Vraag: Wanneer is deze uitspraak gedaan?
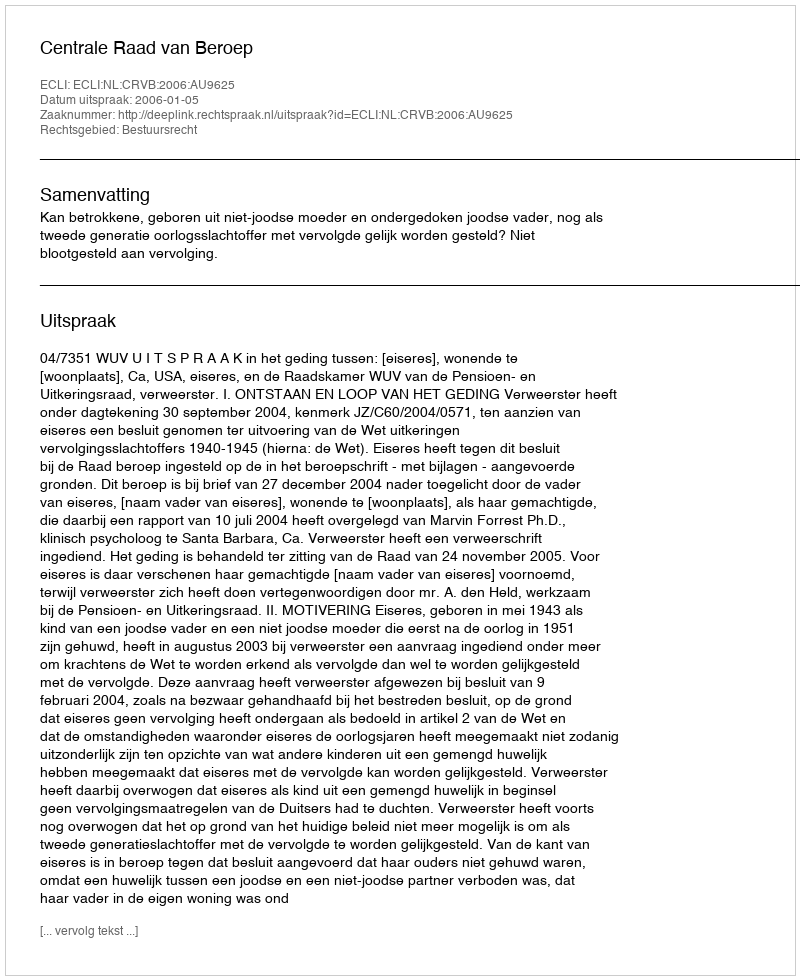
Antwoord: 2006-01-05